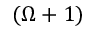
( \Omega + 1 )